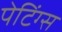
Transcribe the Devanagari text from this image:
पेटिंग्स